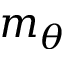
m _ { \theta }